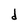
Character: b